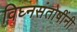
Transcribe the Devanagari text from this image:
विघ्नसंतोषींनी